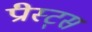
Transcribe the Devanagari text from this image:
प्रीस्ट्स